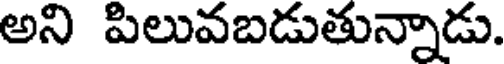
అని పిలువబడుతున్నాడు.